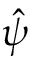
\hat { \psi }